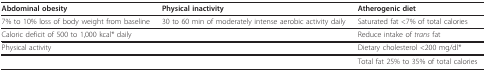
<table><thead><tr><td><b>Abdominal obesity</b></td><td><b>Physical inactivity</b></td><td><b>Atherogenic diet</b></td></tr></thead><tbody><tr><td>7% to 10% loss of body weight from baseline</td><td>30 to 60 min of moderately intense aerobic activity daily</td><td>Saturated fat &lt;7% of total calories</td></tr><tr><td>Caloric deficit of 500 to 1,000 kcal* daily</td><td></td><td>Reduce intake of <i>trans </i>fat</td></tr><tr><td>Physical activity</td><td></td><td>Dietary cholesterol &lt;200 mg/dl*</td></tr><tr><td></td><td></td><td>Total fat 25% to 35% of total calories</td></tr></tbody></table>